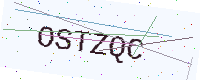
Text: OSTZQC